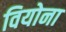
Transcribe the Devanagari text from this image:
वियोना